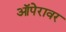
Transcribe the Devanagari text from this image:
ऑपेरावर